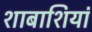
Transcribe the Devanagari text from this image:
शाबाशियां